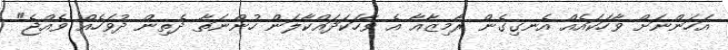
އަހަންނަށް ވާހަކައެއް އެނގިގެން ރާމިޒާއާ އެ ވާހަކަދައްކާލަން ހުންނަތާ ދެތިން ދުވަހެއް ވެއްޖެ"